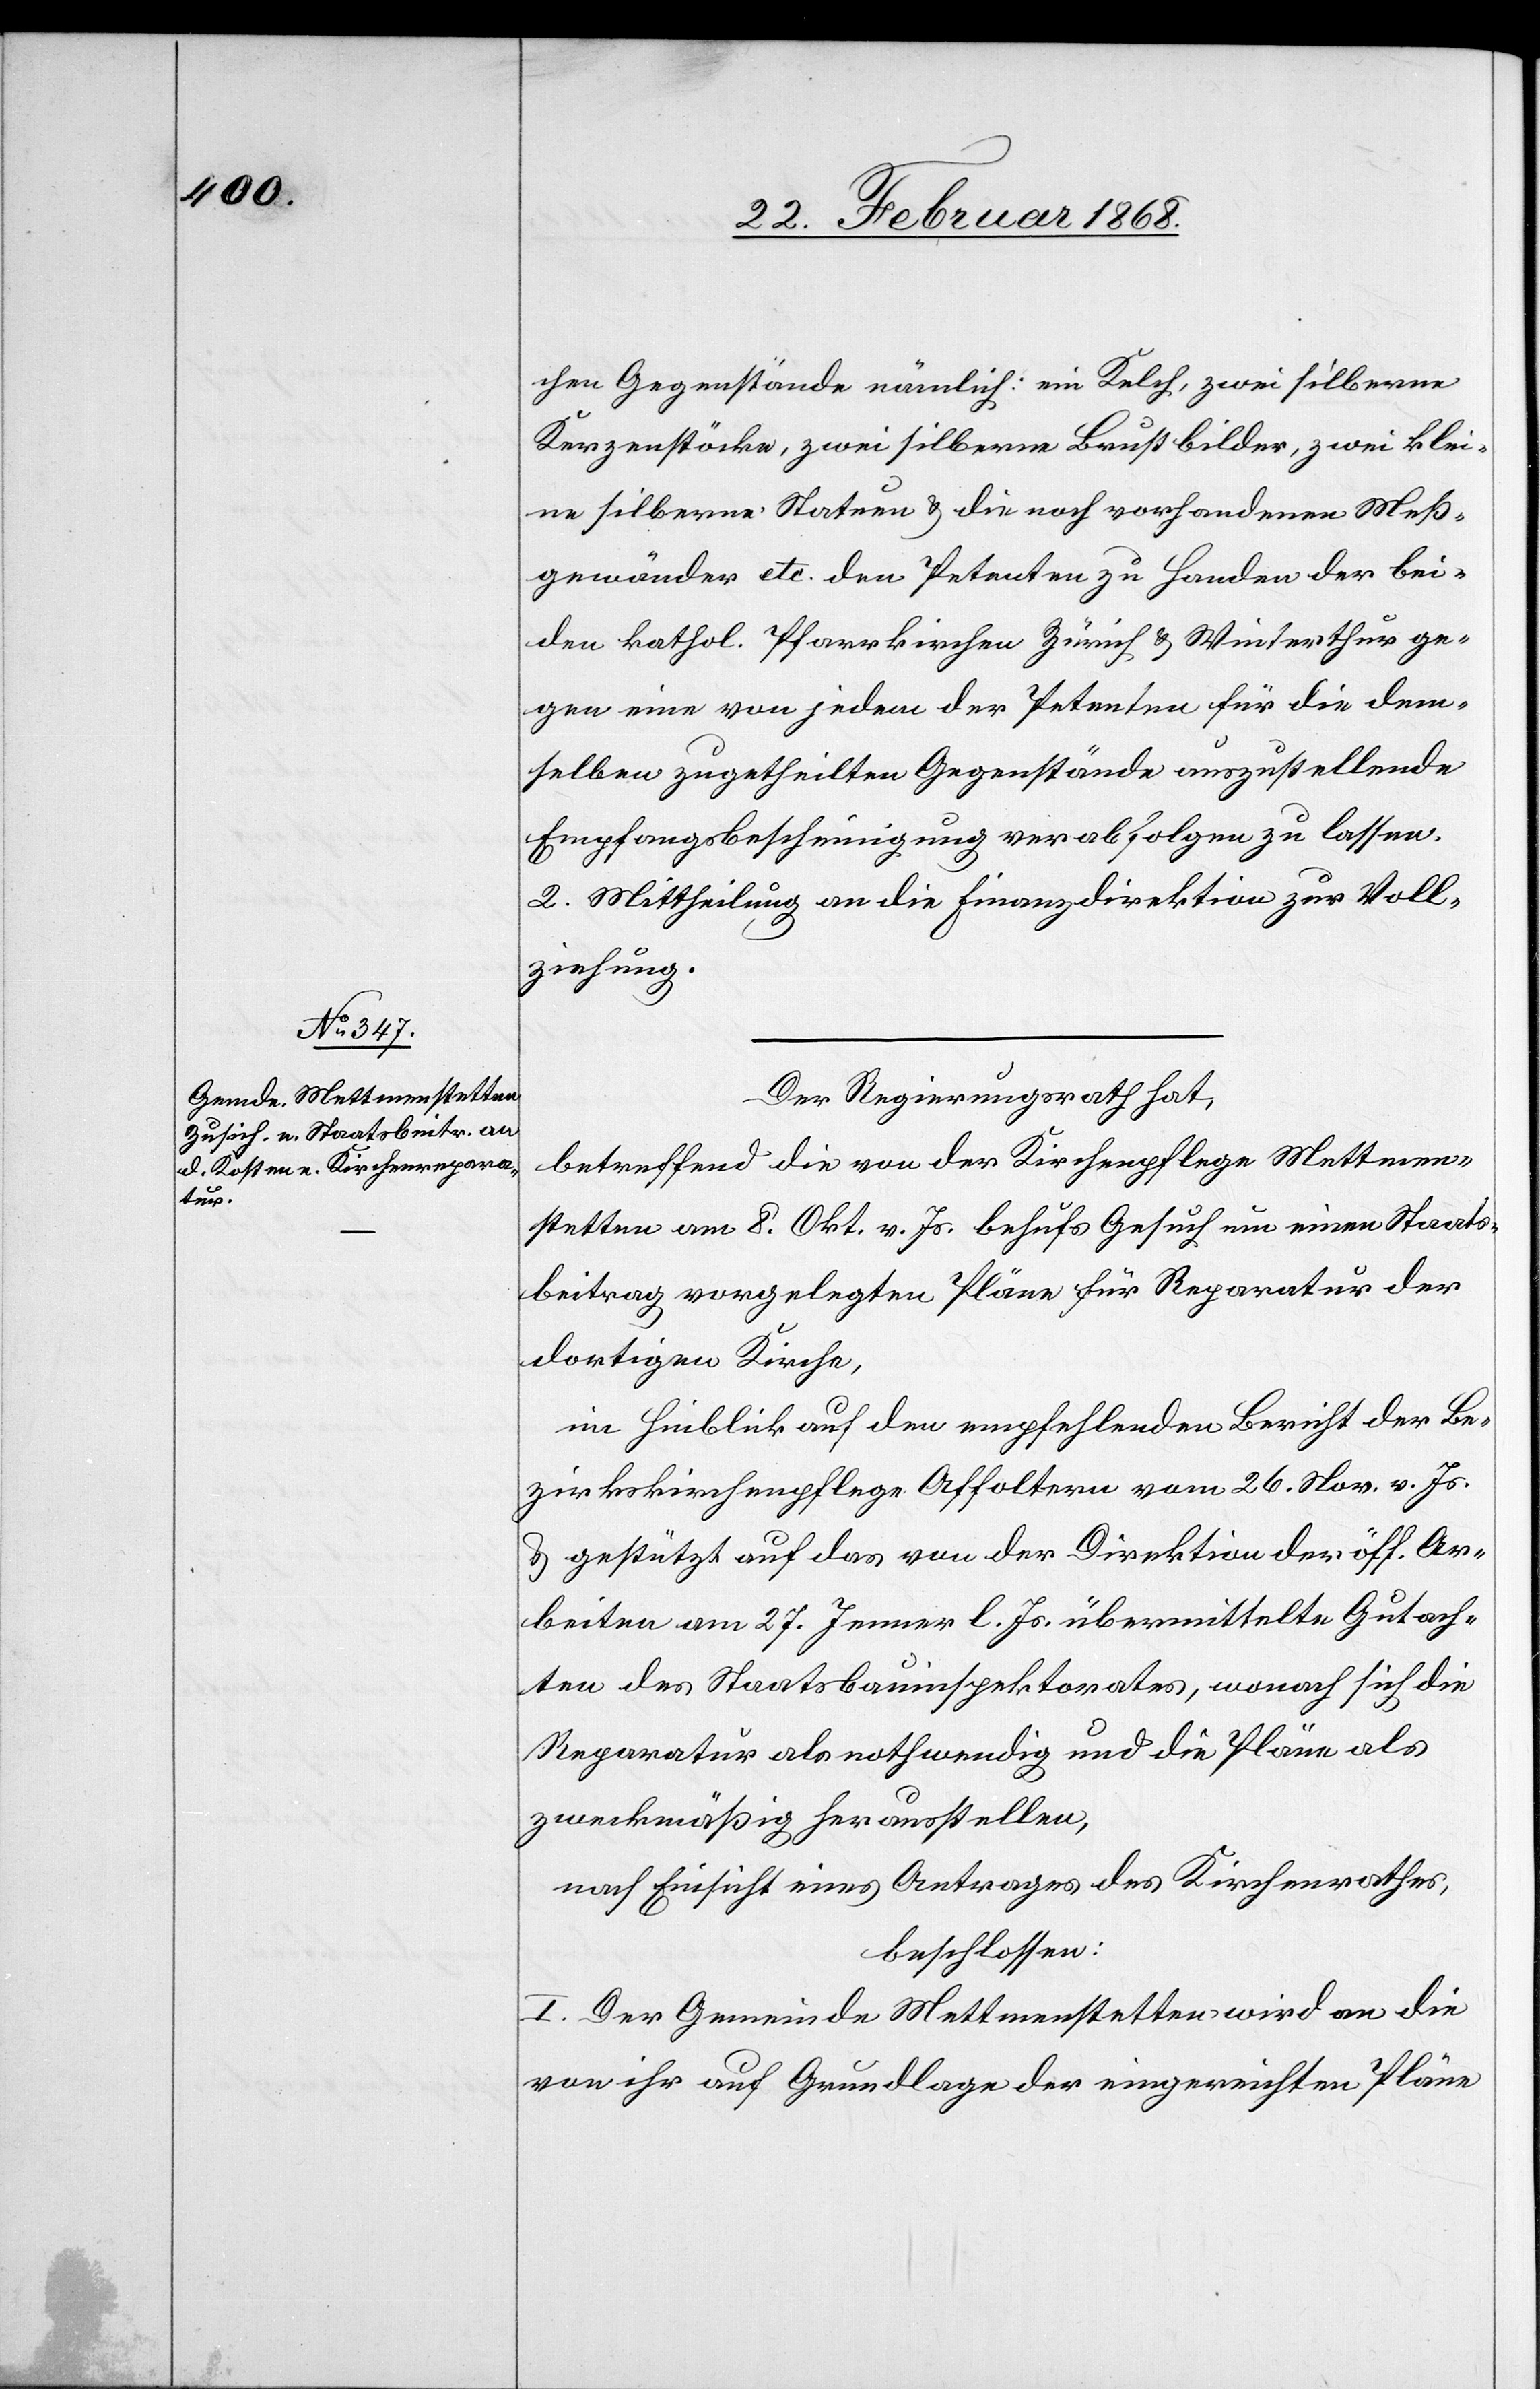
chen Gegenstände nämlich: ein Kelch, zwei silberne
Kerzenstöcke, zwei silberne Brustbilder, zwei klei¬
ne silberne Statuen & die noch vorhandenen Meß¬
gewänder etc. den Petenten zu Handen der bei¬
den kathol. Pfarrkirchen Zürich & Winterthur ge¬
gen eine von jedem der Petenten für die dem¬
selben zugetheilten Gegenstände auszustellende
Empfangsbescheinigung verabfolgen zu lassen.
2. Mittheilung an die Finanzdirektion zur Voll¬
ziehung.
Der Regierungsrath hat,
betreffend die von der Kirchenpflege Mettmen¬
stetten am 8. Okt. v. Js. behufs Gesuch um einen Staats¬
beitrag vorgelegten Pläne für Reparatur der
dortigen Kirche,
im Hinblick auf den empfehlenden Bericht der Be¬
zirkskirchenpflege Affoltern vom 26. Nov. v. Js.
& gestützt auf das von der Direktion der öff. Ar¬
beiten am 27. Jenner l. Js. übermittelte Gutach¬
ten des Staatsbauinspektorates, wonach sich die
Reparatur als nothwendig und die Pläne als
zweckmäßig herausstellen,
nach Einsicht eines Antrages des Kirchenrathes,
beschlossen:
I. Der Gemeinde Mettmenstetten wird an die
von ihr auf Grundlage der eingereichten Pläne